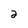
Character: 2